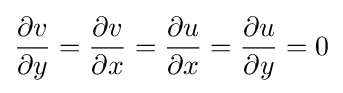
{\frac {\partial v}{\partial y}}={\frac {\partial v}{\partial x}}={\frac {\partial u}{\partial x}}={\frac {\partial u}{\partial y}}=0